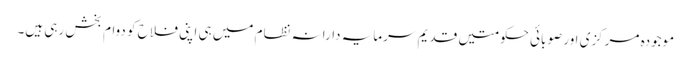
موجودہ مرکزی اور صوبائی حکومتیں قدیم سرمایہ دارانہ نظام میں ہی اپنی فلاح کو دوام بخش رہی ہیں۔